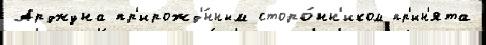
Арджуна пр'ирожд'́нным сторо́нн'иком пр'ин'ята